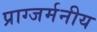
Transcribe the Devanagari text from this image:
प्राग्जर्मनीय